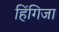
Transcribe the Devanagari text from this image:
हिंगिजा